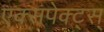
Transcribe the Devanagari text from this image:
एक्सपेक्ट्स्